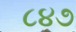
૮૪૭